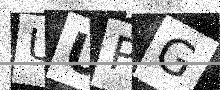
Text: UUPG